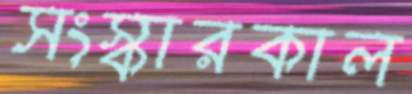
সংস্কারকাল